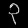
Digit: ၃